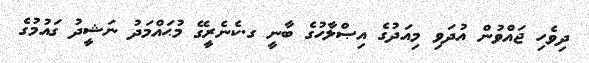
ދިވެހި ޖައްވުން އުދަވި މިއަދުގެ އިޞްލާހުގެ ބާނީ ގ.ކެނެރީގޭ މުޙައްމަދު ނަޝީދު ގައުމުގެ